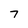
Character: 7